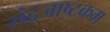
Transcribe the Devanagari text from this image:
संद्रजाष्टकम